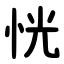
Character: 恍